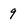
Character: 9